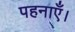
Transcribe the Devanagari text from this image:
पहनाएँ।